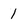
Character: 1